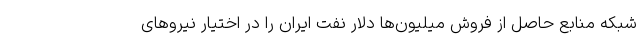
شبکه منابع حاصل از فروش میلیون‌ها دلار نفت ایران را در اختیار نیروهای